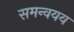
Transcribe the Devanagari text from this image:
समन्वयय